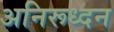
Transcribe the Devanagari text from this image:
अनिरूध्दन